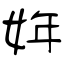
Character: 姩